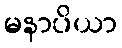
မနာပိယာ